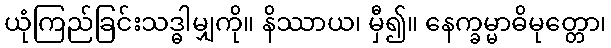
ယုံကြည်ခြင်းသဒ္ဓါမျှကို။ နိဿာယ၊ မှီ၍။ နေက္ခမ္မာဓိမုတ္တော၊